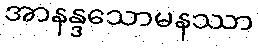
အာနန္ဒသောမနဿာ